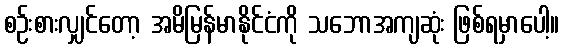
စဉ်းစားလျှင်တော့ အမိမြန်မာနိုင်ငံကို သဘောအကျဆုံး ဖြစ်ရမှာပေါ့။